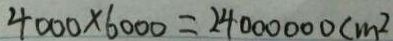
4 0 0 0 \times 6 0 0 0 = 2 4 0 0 0 0 0 0 c m ^ { 2 }